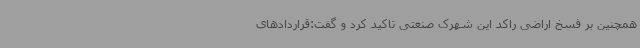
همچنین بر فسخ اراضی راکد این شهرک صنعتی تاکید کرد و گفت:قراردادهای